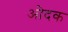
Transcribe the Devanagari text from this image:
ओदक